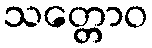
သတ္တောဝ